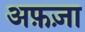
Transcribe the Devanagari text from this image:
अफ़ज़ा